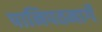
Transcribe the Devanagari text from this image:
पानिपतमार्गे